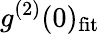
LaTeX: g^{(2)}(0)_{\mathrm{fit}}